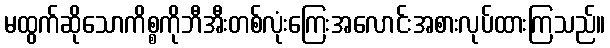
မထွက်ဆိုသောကိစ္စကိုဘီအီးတစ်လုံးကြေးအလောင်းအစားလုပ်ထားကြသည်။